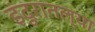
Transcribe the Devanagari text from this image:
इंदुरातल्या